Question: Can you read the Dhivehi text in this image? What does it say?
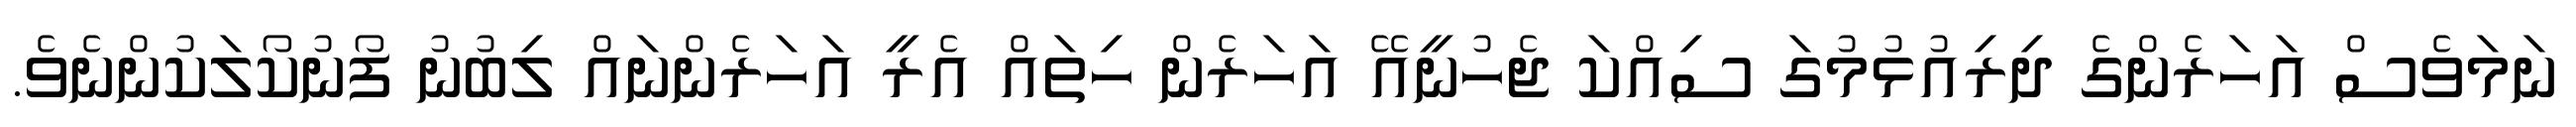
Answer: ނަމަވެސް އަހަރެންގެ ދިރިއުޅުމުގަ ސިއްކަ ޖެހުނީއޭ އަހަރެން ހިތައް އެރީ އަހަރެންނައް ލިބުނު ފޯނުކޯލަކުންނެވެ.